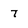
Character: 7